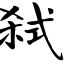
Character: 弑